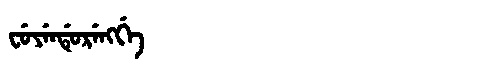
Manchu: ᠸᡠᠶᡝᠨᡩᡠᡵᡝᠩᡤᡝ
Romanization: FUYENDURENGGE